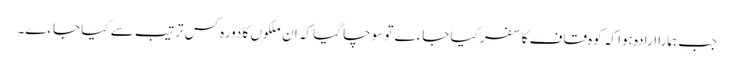
جب ہمارا ارادہ ہوا کہ کوہ قاف کا سفر کیا جاءے تو سوچا گیا کہ ان ملکوں کا دورہ کس ترتیب سے کیا جاءے۔